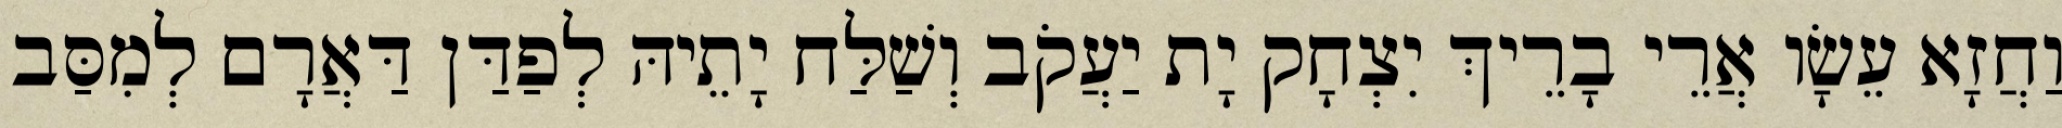
וַחֲזָא עֵשָׂו אֲרֵי בָרֵיךְ יִצְחָק יָת יַעֲקֹב וְשַׁלַּח יָתֵיהּ לְפַדַּן דַּאֲרָם לְמִסַּב